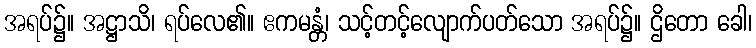
အရပ်၌။ အဋ္ဌာသိ၊ ရပ်လေ၏။ ဧကမန္တံ၊ သင့်တင့်လျောက်ပတ်သော အရပ်၌။ ဌိတော ခေါ၊